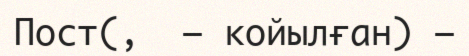
Пост(,  — койылған) —